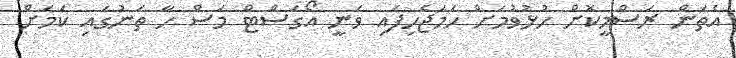
އެތަން ރަސްމީކޮށް ހުޅުވުމަށް ހަމަޖެހިފައި ވަނީ އޯގަސްޓް މަސް ހާ ތަނުގައި ކަމަށް